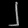
Digit: ၂